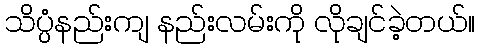
သိပ္ပံနည်းကျ နည်းလမ်းကို လိုချင်ခဲ့တယ်။